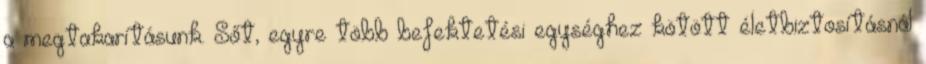
a megtakarításunk. Sőt, egyre több befektetési egységhez kötött életbiztosításnál